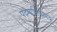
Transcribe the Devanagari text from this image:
पदमाभिकामय